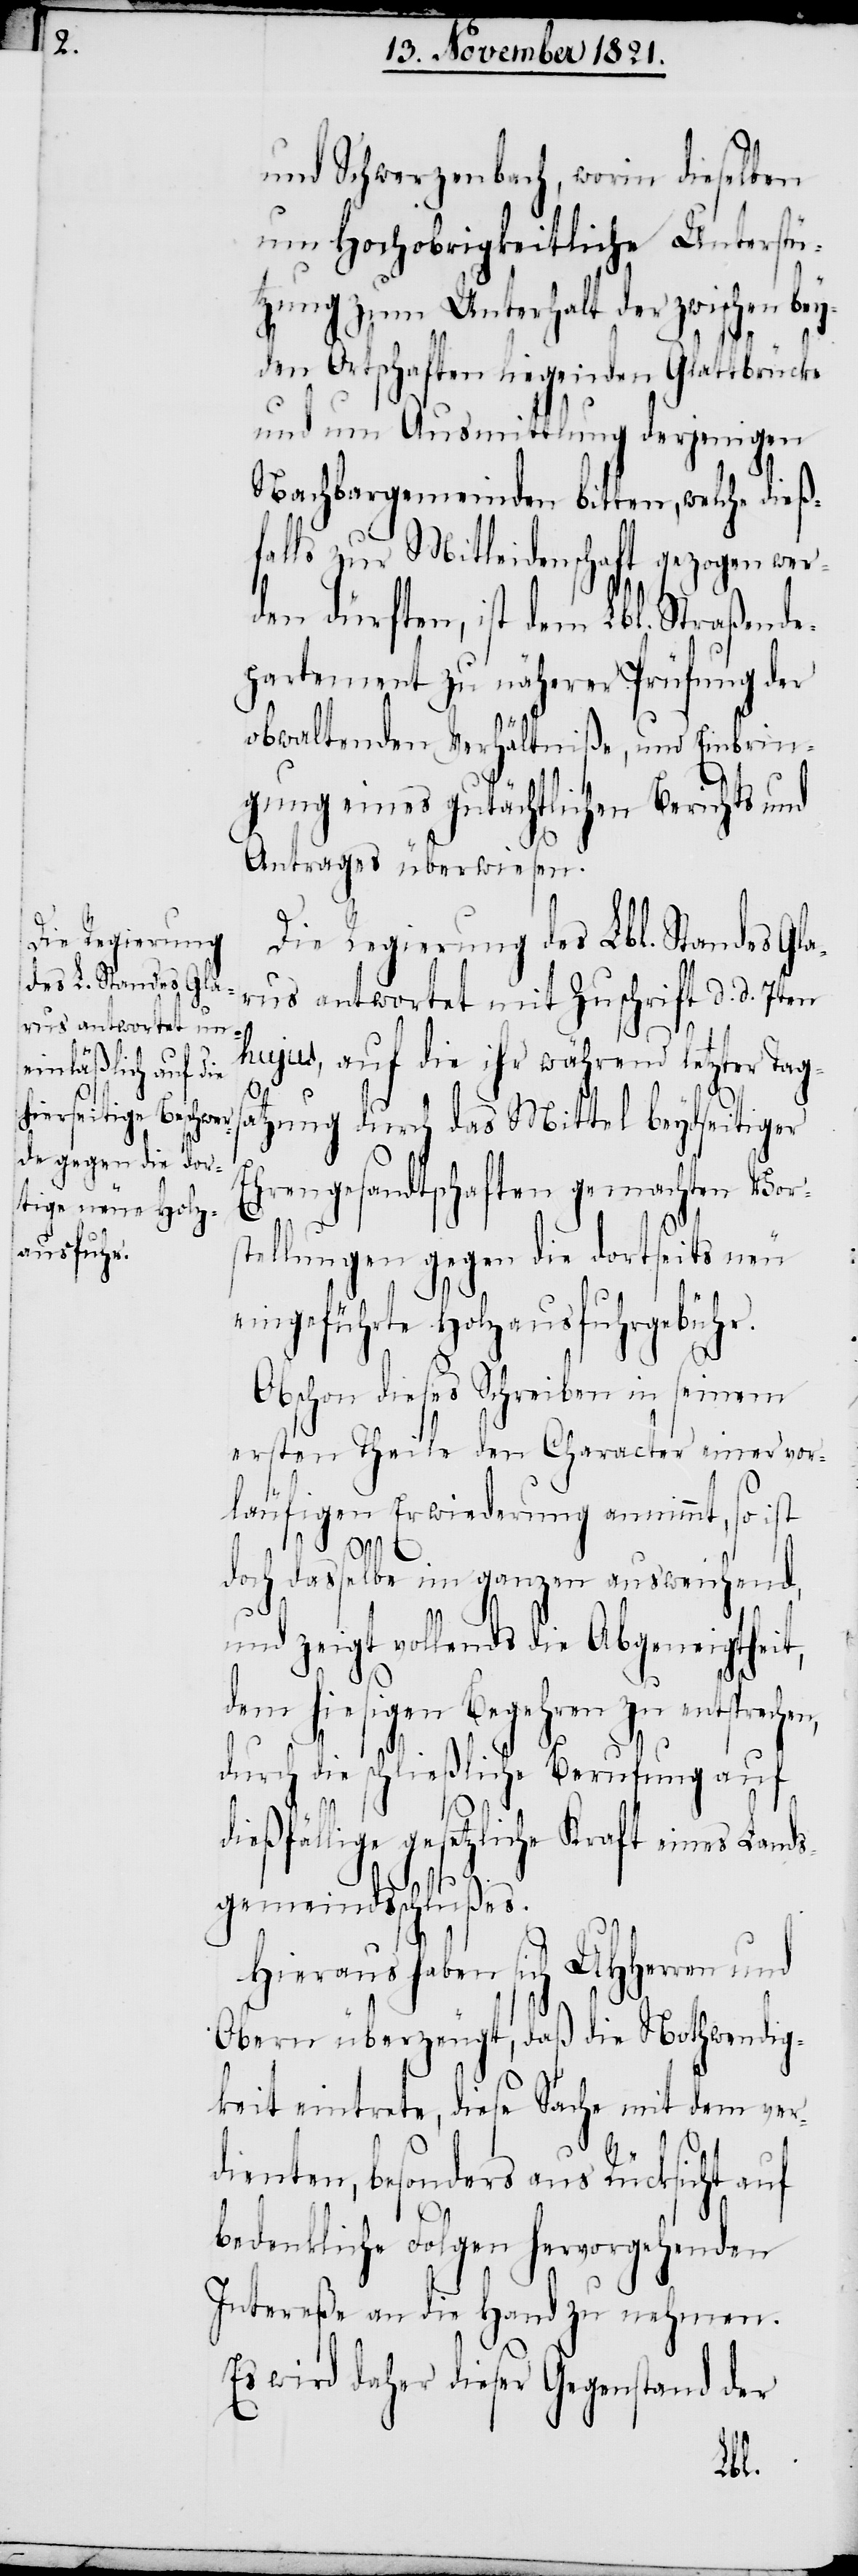
und Schwerzenbach, worin dieselben
um Hochobrigkeitliche Unterstü¬
tzung zum Unterhalt der zwischen bey¬
den Ortschaften liegenden Glattbrücke
und um Ausmittlung derjenigen
Nachbargemeinden bitten, welche dieß¬
falls zur Mitleidenschaft gezogen wer¬
den dürften, ist dem Lbl. Straßende¬
partement zu näherer Prüfung der
obwaltenden Verhältniße, und Einbrin¬
gung eines gutächtlichen Berichts und
Antrages überwiesen.
Die Regierung des Lbl. Standes Gla¬
rus antwortet mit Zuschrift d. d. 7ten
hujus, auf die ihr während letzter Tags¬
atzung durch das Mittel beydseitiger
Ehrengesandtschaften gemachten Vor¬
stellungen gegen die dortseits neu
ngeführte Holzausfuhrgebühr.
Obschon dieses Schreiben in seinem
ersten Theile den Character einer vor¬
läufigen Erwiederung annimmt, so ist
doch dasselbe im ganzen ausweichend,
und zeigt vollends die Abgeneigtheit,
dem hiesigen Begehren zu entsprechen,
durch die schließliche Berufung auf
dießfällige gesetzliche Kraft eines Lands¬
gemeindsschlußes.
Hieraus haben sich UHHerren und
Obern überzeugt, daß die Nothwendig¬
keit eintrete, diese Sache mit dem ver¬
dienten, besonders aus Rücksicht auf
bedenkliche Folgen hervorgehenden
Intereße an die Hand zu nehmen.
Es wird daher dieser Gegenstand der
ei¬